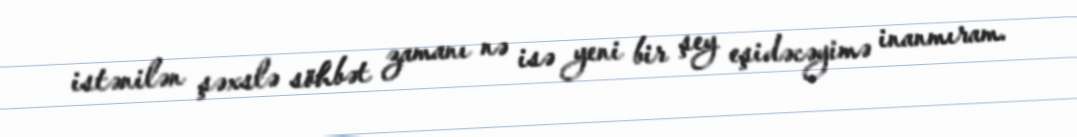
istənilən şəxslə söhbət zamanı nə isə yeni bir şey eşidəcəyimə inanmıram.